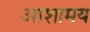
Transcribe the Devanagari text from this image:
आशामय